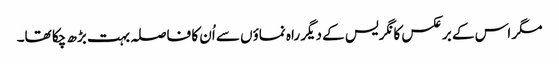
مگر اس کے برعکس کانگریس کے دیگر راہ نماؤں سے اُن کا فاصلہ بہت بڑھ چکا تھا۔